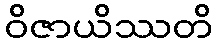
ဝိဇာယိဿတိ